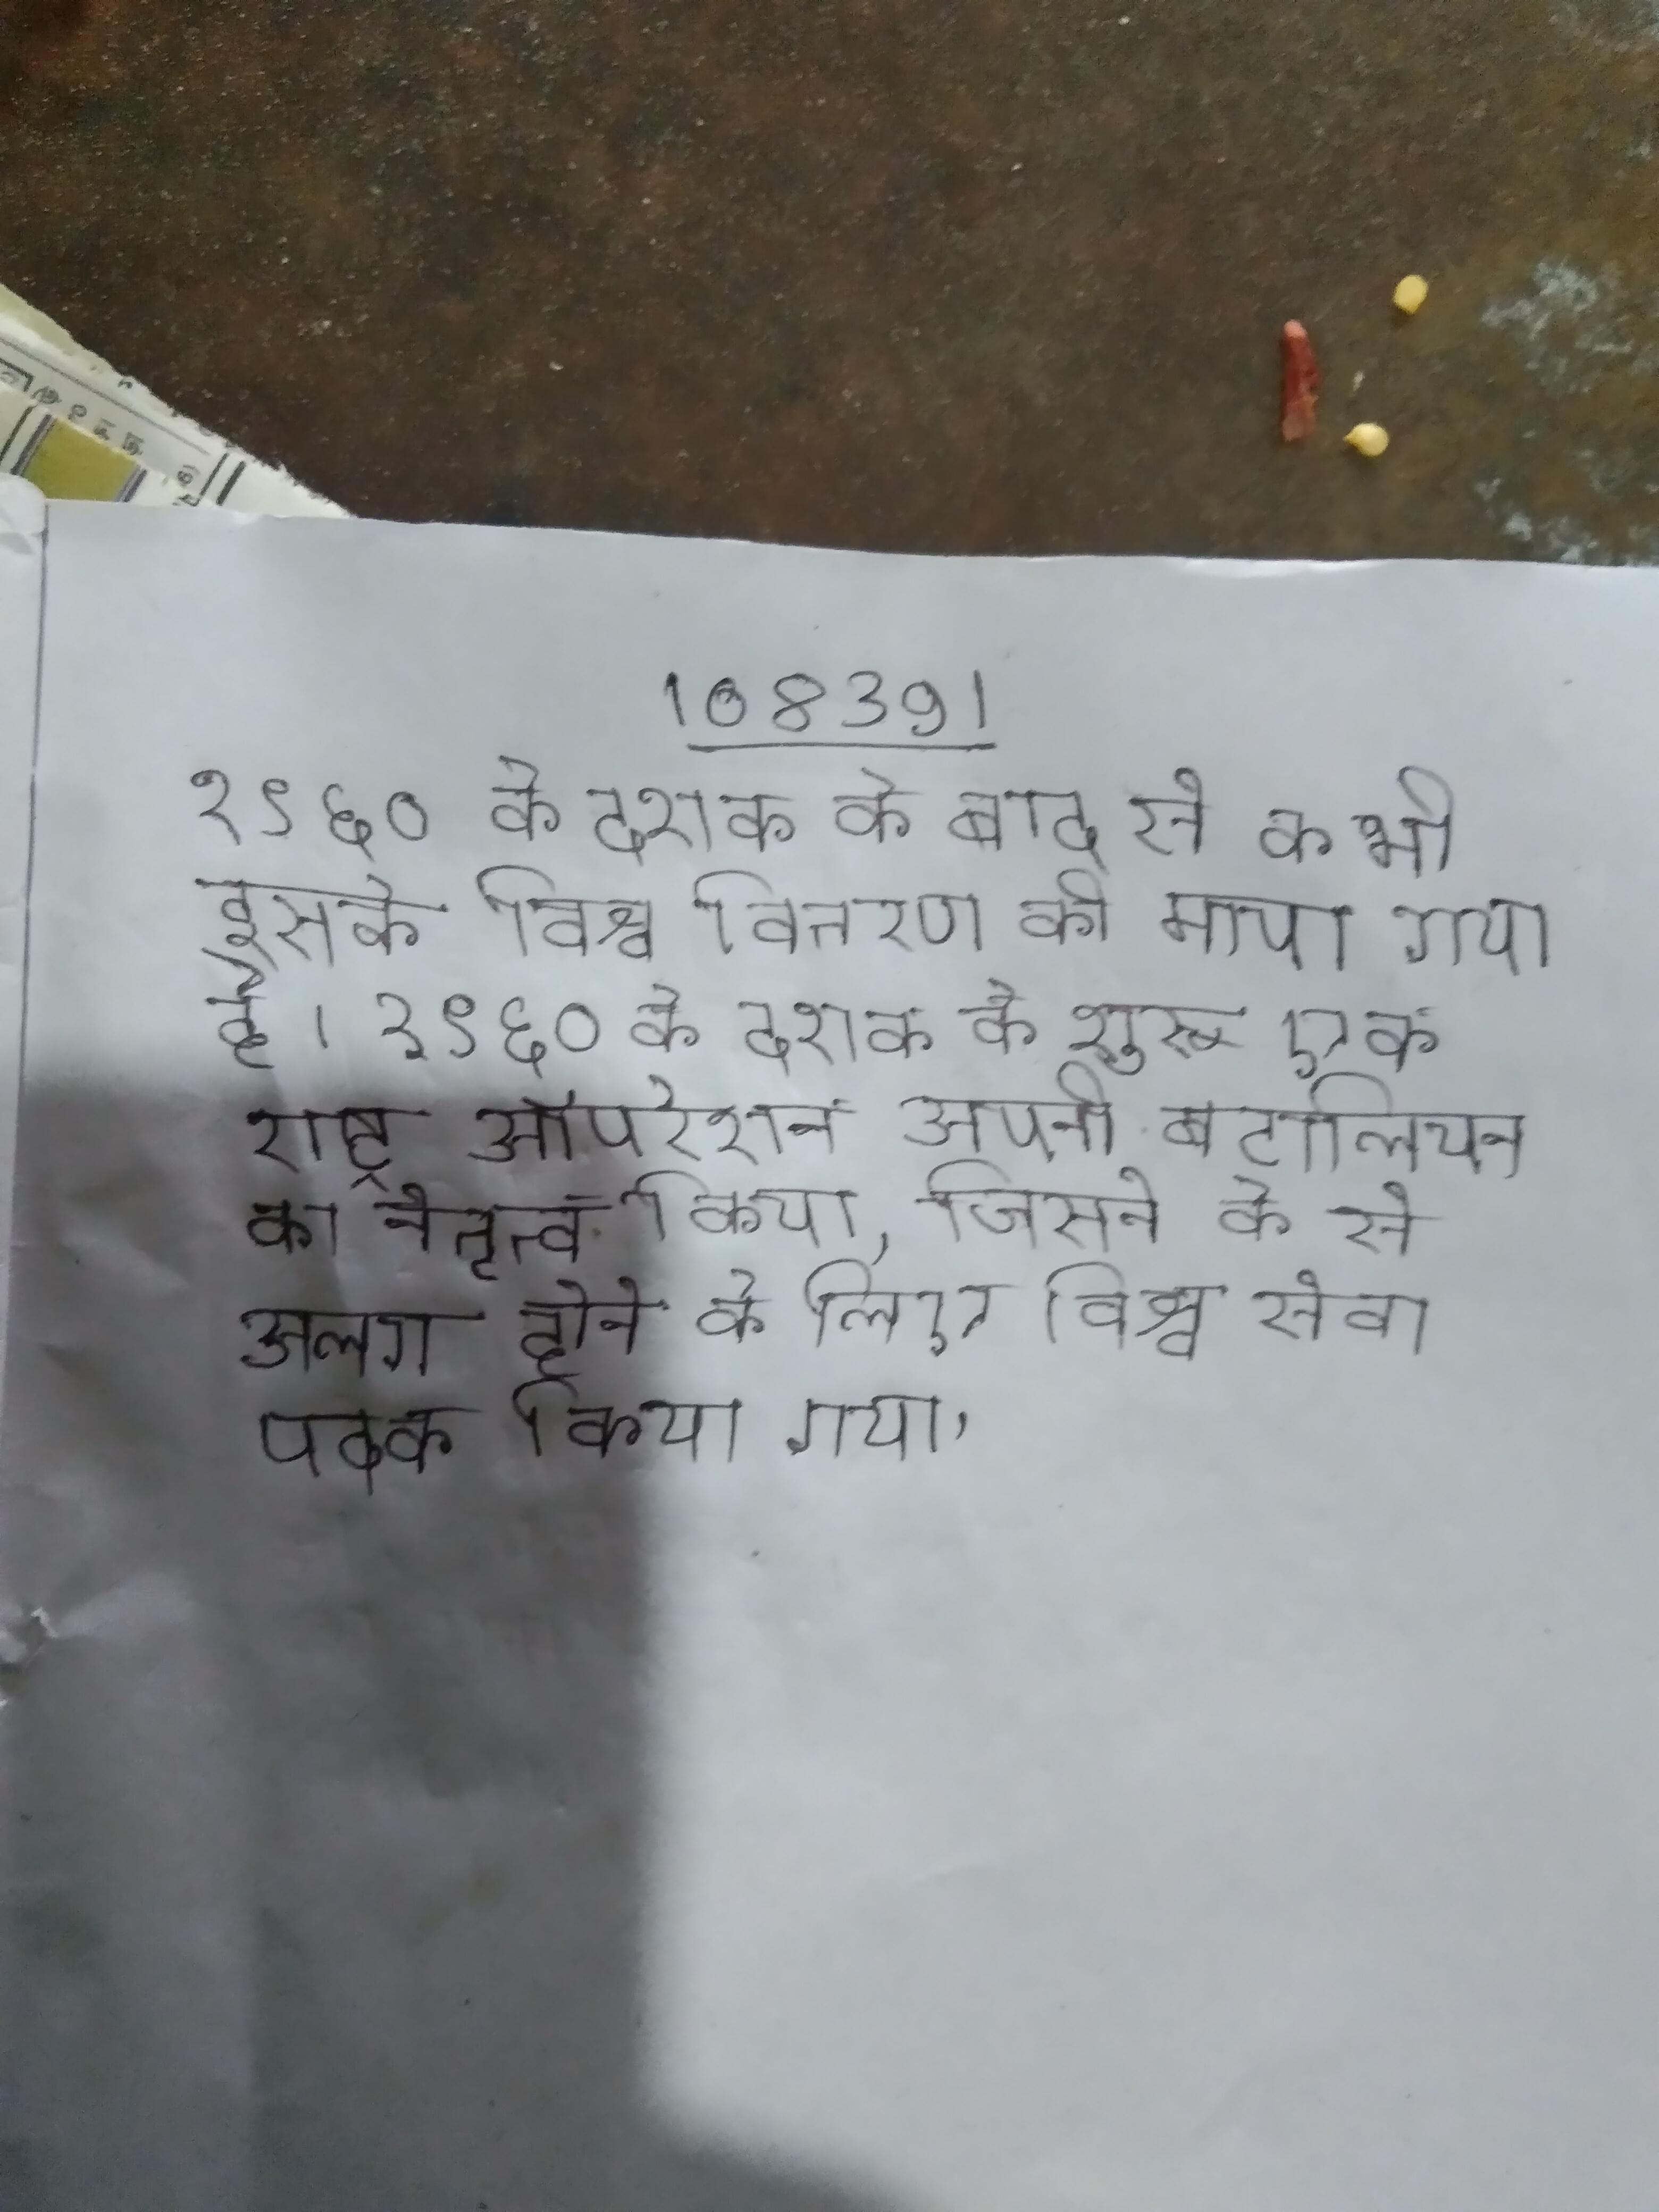
१९६० के दशक के बाद से कभी इसके विश्व वितरण को मापा गया है । १९६० के दशक के शुरू एक राष्ट्र ऑपरेशन अपनी बटालियन का नेतृत्व किया, जिसने के से अलग होने के लिए विश्व सेवा पदक किया गया ।